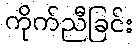
ကိုက်ညီခြင်း